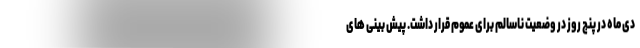
دی ماه در پنج روز در وضعیت ناسالم برای عموم قرار داشت. پیش بینی های